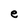
Character: e